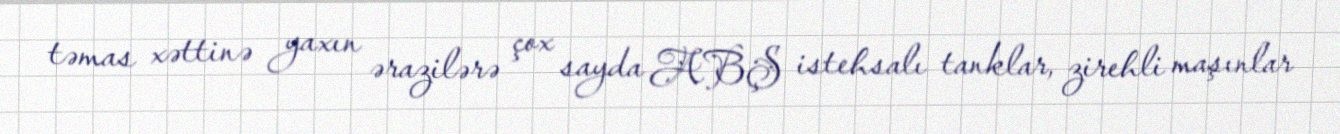
təmas xəttinə yaxın ərazilərə çox sayda ABŞ istehsalı tanklar, zirehli maşınlar